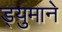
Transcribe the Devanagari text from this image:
ड्युमाने